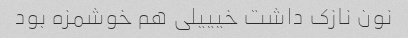
نون نازک داشت خیییلی هم خوشمزه بود